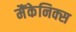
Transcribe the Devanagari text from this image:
मैंकेनिक्‍स